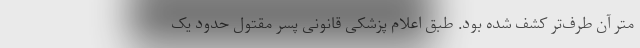
متر آن طرف‌تر کشف شده بود. طبق اعلام پزشکی قانونی پسر مقتول حدود یک